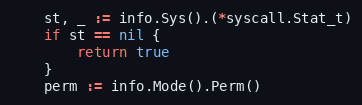
Language: Go
	st, _ := info.Sys().(*syscall.Stat_t)
	if st == nil {
		return true
	}
	perm := info.Mode().Perm()